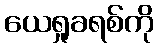
ယေရှုခရစ်ကို